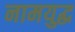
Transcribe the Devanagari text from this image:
नामयुद्ध